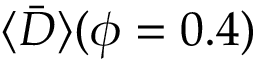
\langle \bar { D } \rangle ( \phi = 0 . 4 )